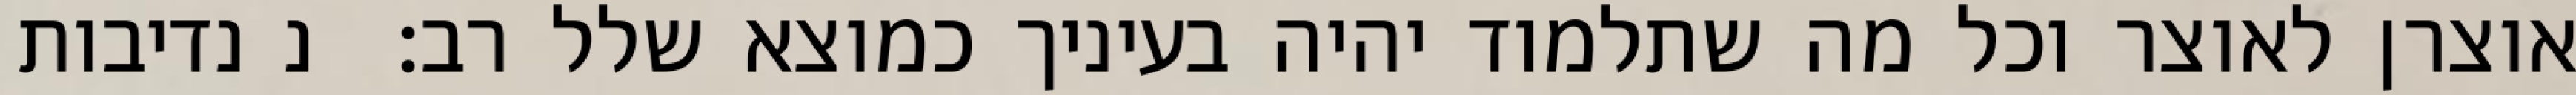
אוצרן לאוצר וכל מה שתלמוד יהיה בעיניך כמוצא שלל רב:  נ נדיבות